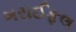
ગરાઈફલ